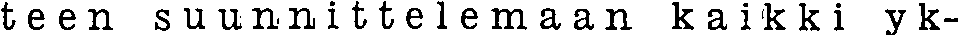
teen suunnittelemaan kaikki yk-